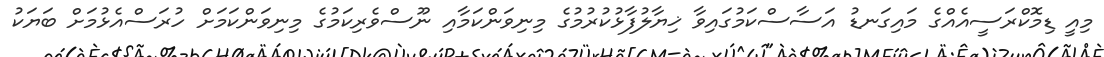
މިއީ ޑިމޮކްރަސީއެއްގެ މައިގަނޑު އަސާސްކަމުގައިވާ ޚިޔާލުފާޅުކުރުމުގެ މިނިވަންކަމާއި ނޫސްވެރިކަމުގެ މިނިވަންކަމަށް ހުރަސްއެޅުމަށް ބަޔަކު